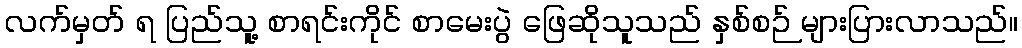
လက်မှတ် ရ ပြည်သူ့ စာရင်းကိုင် စာမေးပွဲ ဖြေဆိုသူသည် နှစ်စဉ် များပြားလာသည်။